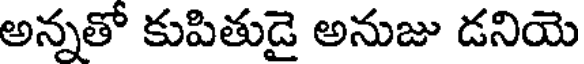
అన్నతో కుపితుడై అనుజు డనియె